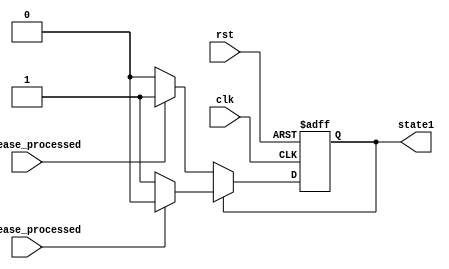
`timescale 1ns / 1ps
//////////////////////////////////////////////////////////////////////////////////
// Company: 
// Engineer: 
// 
// Design Name: 
// Module Name: FSM1
// Project Name: 
// Target Devices: 
// Tool Versions: 
// Description: 
// 
// Dependencies: 
// 
// Revision:
// Revision 0.01 - File Created
// Additional Comments:
// 
//////////////////////////////////////////////////////////////////////////////////

`define increase 1'b0
`define decrease 1'b1

module FSM1(clk, rst, increase_processed, decrease_processed, state1);
    input clk, rst, increase_processed, decrease_processed;
    output state1;
    
    reg state1, state1_next;
    
    always @* begin
        if(state1 == `increase) begin
            if(decrease_processed == 1'b1)
                state1_next = `decrease;
            else
                state1_next = `increase;
        end
        else begin
            if(increase_processed == 1'b1)
                state1_next = `increase;
            else
                state1_next = `decrease;
        end
    end
    
    always @(posedge clk or negedge rst) begin
        if(~rst)
            state1 <= `increase;
        else 
            state1 <= state1_next;
    end
    
endmodule